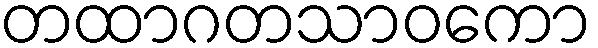
တထာဂတသာဝကော